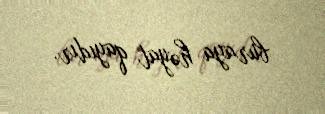
buraya həyat qayıdır.